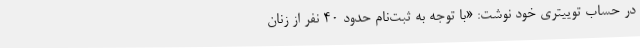
در حساب توییتری خود نوشت: «با توجه به ثبت‌نام حدود ۴۰ نفر از زنان